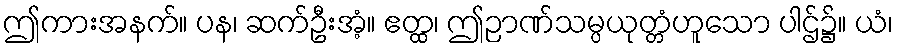
ဤကားအနက်။ ပန၊ ဆက်ဦးအံ့။ ဧတ္ထ၊ ဤဉာဏ်သမ္ပယုတ္တံဟူသော ပါဌ်၌။ ယံ၊